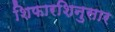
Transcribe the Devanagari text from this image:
शिफारशिनुसार